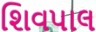
શિવપાલ